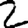
Digit: 2